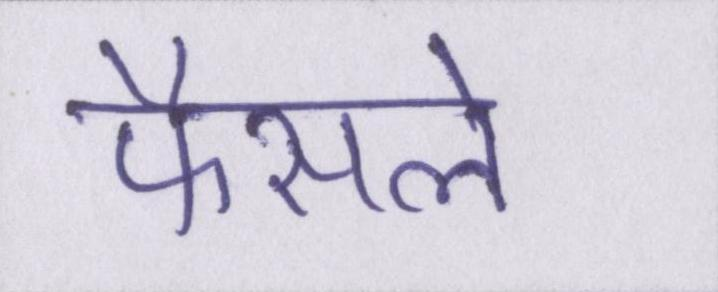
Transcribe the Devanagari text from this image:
फैसले